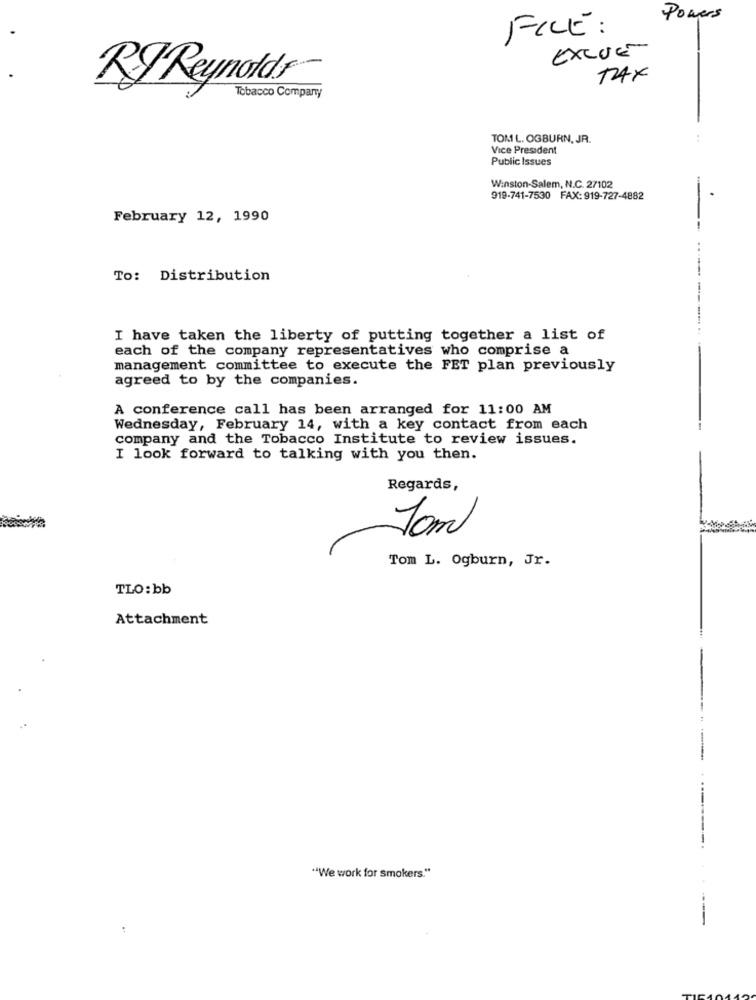
Powers
FILE :
EXCUE
RT Reynolds
TAX
Tobacco Company
TOM L. OGBURN, JR.
Vice President
Public Issues
Winston-Salem, N.C. 27102
919-741-7530 FAX:919-727-4882
February 12, 1990
To: Distribution
I have taken the liberty of putting together a list of
each of the company representatives who comprise a
management committee to execute the FET plan previously
agreed to by the companies.
A conference call has been arranged for 11:00 AM
Wednesday, February 14, with a key contact from each
company and the Tobacco Institute to review issues.
I look forward to talking with you then.
Regards,
Joml
Tom L. Ogburn, Jr.
TLO:bb
Attachment
"We work for smokers."
-